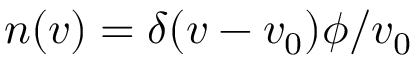
n ( v ) = \delta ( v - v _ { 0 } ) \phi / v _ { 0 }